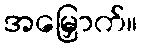
အမြှောက်။